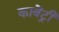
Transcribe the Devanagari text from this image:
कावेंट्री